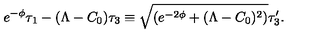
e ^ { - \phi } \tau _ { 1 } - ( \Lambda - C _ { 0 } ) \tau _ { 3 } \equiv \sqrt { ( e ^ { - 2 \phi } + ( \Lambda - C _ { 0 } ) ^ { 2 } ) } \tau _ { 3 } ^ { \prime } .